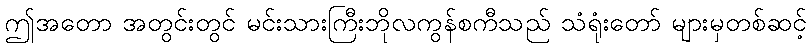
ဤအတော အတွင်းတွင် မင်းသားကြီးဘိုလကွန်စကီသည် သံရုံးတော် များမှတစ်ဆင့်